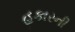
હકારની